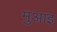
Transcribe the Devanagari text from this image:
मुआइ